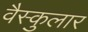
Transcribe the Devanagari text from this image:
वैस्कुलार